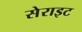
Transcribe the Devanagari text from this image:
सेराइट